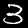
Digit: 3